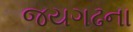
જયગઢના